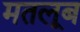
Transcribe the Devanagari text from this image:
मतलूब